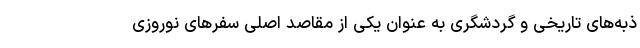
ذبه‌های تاریخی و گردشگری به عنوان یکی از مقاصد اصلی سفر‌های نوروزی